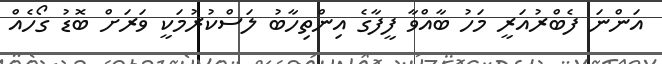
އަންނަ ފެބްރުއަރީ މަހު ބާއްވާ ފީފާގެ އިންތިހާބު ލަސްކުރުމަކީ ވަރަށް ބޮޑު ގޯހެއް